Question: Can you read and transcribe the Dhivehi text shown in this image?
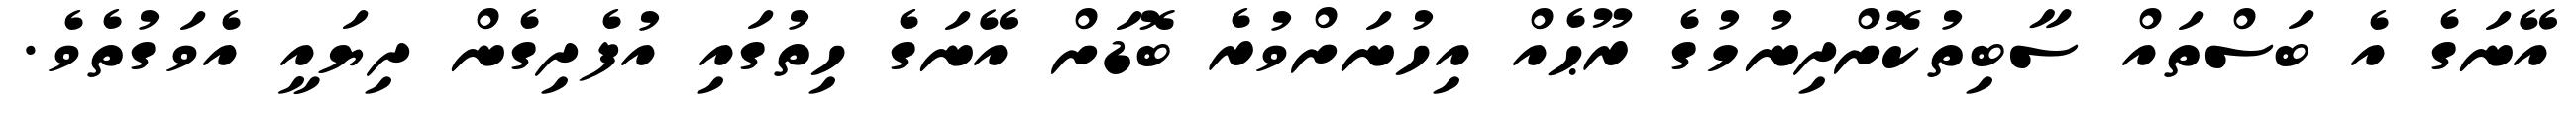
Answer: އޭނަގެ އެ ބަސްތައް ސާބިތުކޮށްދިނުމުގެ ރޫޙެއް އިހުނަށްވުރެ ބޮޑަށް އޭނަގެ ހިތުގައި އުފެދިގެން ދިޔައީ އެވަގުތެވެ.